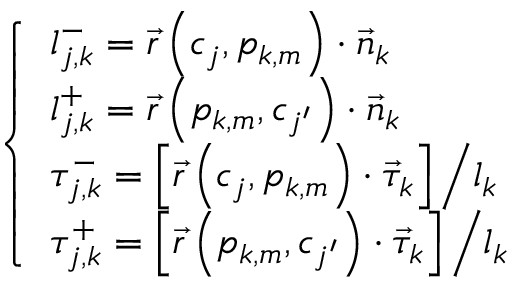
\left\{ \begin{array} { l } { { l _ { j , k } ^ { - } = \vec { r } \left( c _ { j } , p _ { k , m } \right) \cdot \vec { n } _ { k } } } \\ { { l _ { j , k } ^ { + } = \vec { r } \left( p _ { k , m } , c _ { j ^ { \prime } } \right) \cdot \vec { n } _ { k } } } \\ { { \tau _ { j , k } ^ { - } = { \left[ \vec { r } \left( c _ { j } , p _ { k , m } \right) \cdot \vec { \tau } _ { k } \right] \mathord { \left/ { \vphantom { \left[ \vec { r } \left( c _ { j } , p _ { k , m } \right) \cdot \vec { \tau } _ { k } \right] l _ { k } } } \right. \kern - \nulldelimiterspace } l _ { k } } } } \\ { { \tau _ { j , k } ^ { + } = { \left[ \vec { r } \left( p _ { k , m } , c _ { j ^ { \prime } } \right) \cdot \vec { \tau } _ { k } \right] \mathord { \left/ { \vphantom { \left[ \vec { r } \left( p _ { k , m } , c _ { j ^ { \prime } } \right) \cdot \vec { \tau } _ { k } \right] l _ { k } } } \right. \kern - \nulldelimiterspace } l _ { k } } } } \end{array} \right.